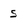
Character: S